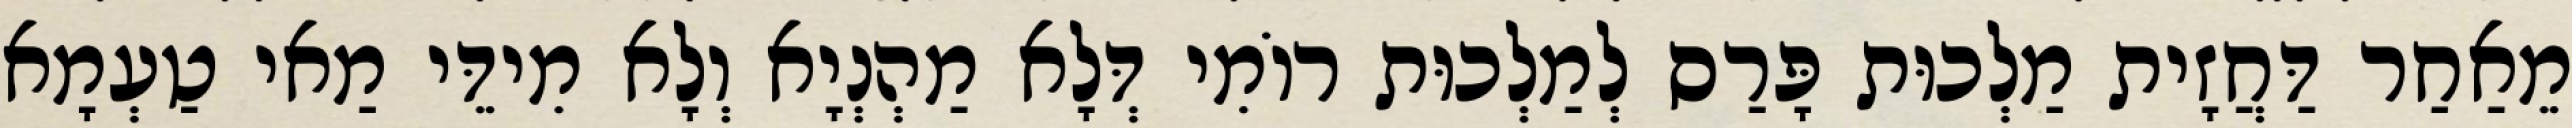
מֵאַחַר דַּחֲזָית מַלְכוּת פָּרַס לְמַלְכוּת רוֹמִי דְּלָא מַהְנְיָא וְלָא מִידֵּי מַאי טַעְמָא